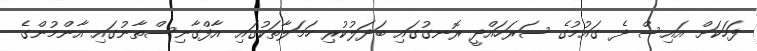
ފަހަކަށް އައިސް ދެ ގައުމުގެ ސަރަހައްދީ ރޮނގުގައި ބަދަލުކުރި ހަމަލާތަކުގައި އާފްގާނިސްތާނުގައި އާންމުންގެ